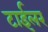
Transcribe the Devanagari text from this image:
टाईलर